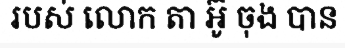
របស់ លោក តា អ៊ូ ចុង បាន